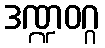
ဒဏ္ဍဝဂ္ဂ